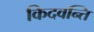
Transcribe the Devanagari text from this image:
किदवन्ति